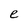
Character: e